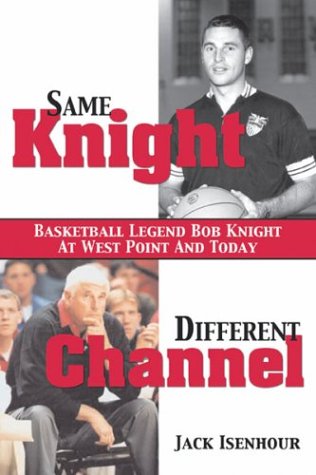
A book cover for Same Knight, Different Channel: Basketball Legend Bob Knight at West Point and Today; Jack Isenhour; Sports & Outdoors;